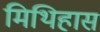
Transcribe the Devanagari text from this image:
मिथिहास